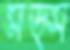
মড্স